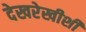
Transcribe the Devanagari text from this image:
देखरेखीशी